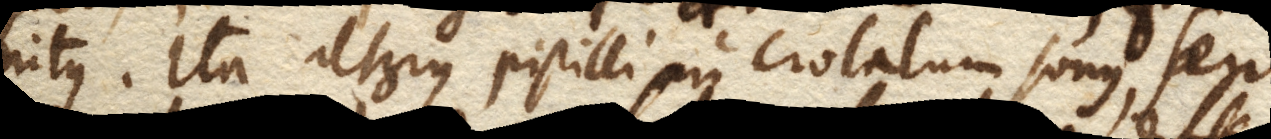
nitus. Ita alterius pistilli in crotalum sonus, seu